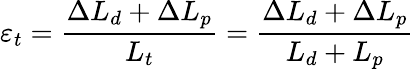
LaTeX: \varepsilon_{t}=\frac{\Delta L_{d}+\Delta L_{p}}{L_{t}}=\frac{\Delta L_{d}+\Delta L_{p}}{L_{d}+L_{p}}